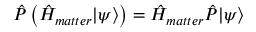
\hat { P } \left( \hat { H } _ { m a t t e r } | \psi \rangle \right) = \hat { H } _ { m a t t e r } \hat { P } | \psi \rangle